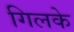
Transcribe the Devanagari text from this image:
गिलके